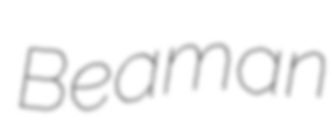
Beaman